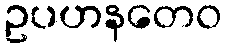
ဥပဟနတေဝ